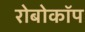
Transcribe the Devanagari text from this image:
रोबोकाॅप